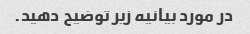
در مورد بیانیه زیر توضیح دهید.